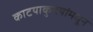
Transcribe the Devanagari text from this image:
काटयाकुटयांमधून